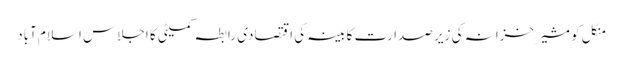
منگل کو مشیر خزانہ کی زیر صدارت کابینہ کی اقتصادی رابطہ کمیٹی کا اجلاس اسلام آباد